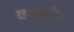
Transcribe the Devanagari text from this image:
चथुर्तांश